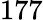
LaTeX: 177